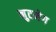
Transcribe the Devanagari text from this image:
नुटमेग